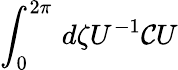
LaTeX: \int_{0}^{2\pi}\, d\zeta U^{-1}{\cal C}U